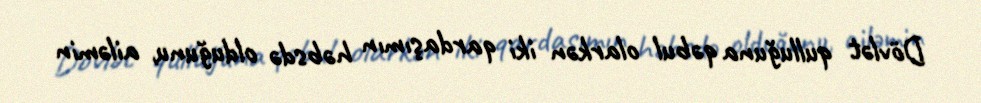
Dövlət qulluğuna qəbul olarkən iki qardaşımın həbsdə olduğunu, ailəmin